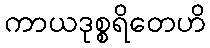
ကာယဒုစ္စရိတေဟိ